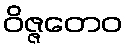
ဝိဇ္ဇတေဝ